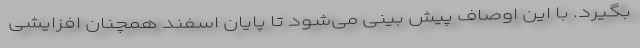
بگیرد. با این اوصاف پیش بینی می‌شود تا پایان اسفند همچنان افزایشی